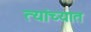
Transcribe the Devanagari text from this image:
त्‍यांच्‍यात